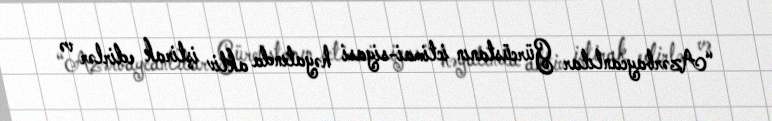
“Azərbaycanlılar Gürcüstanın ictimai-siyasi həyatında aktiv iştirak edirlər və